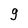
Character: 9